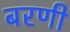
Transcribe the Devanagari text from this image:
बरणी